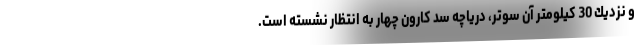
و نزديك 30 كيلومتر آن سوتر، درياچه سد كارون چهار به انتظار نشسته است.